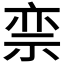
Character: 𬒵